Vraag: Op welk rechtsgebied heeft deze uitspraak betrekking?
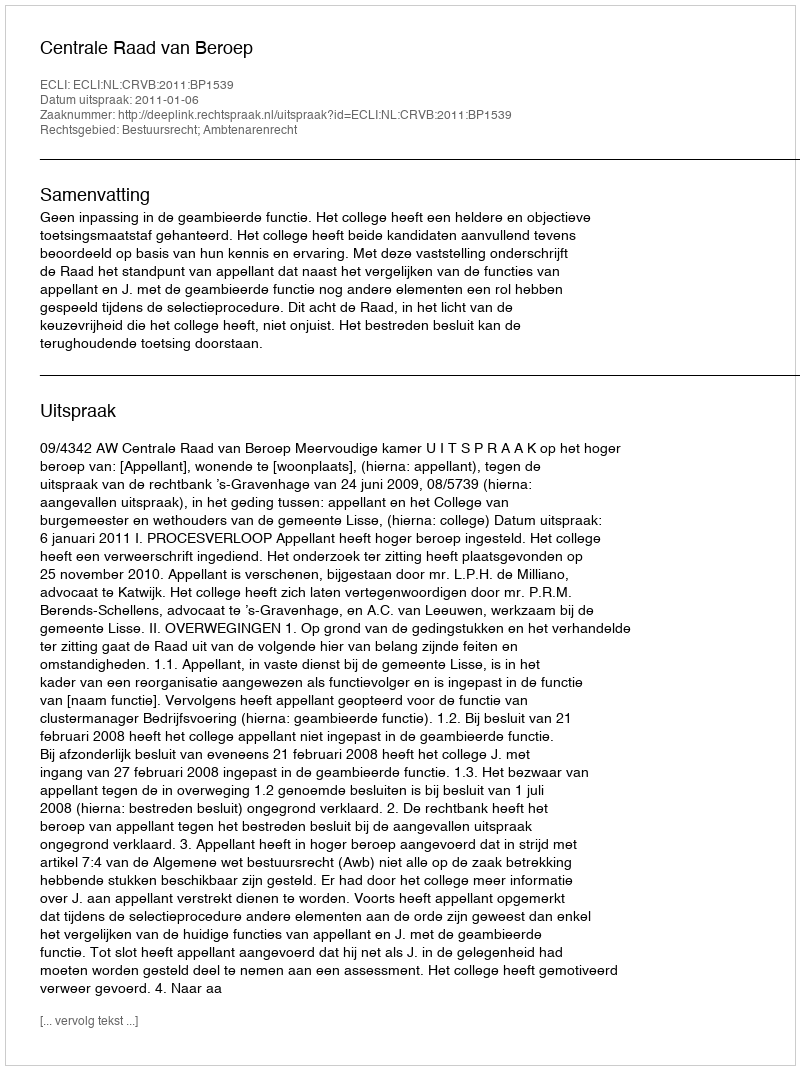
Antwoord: Bestuursrecht; Ambtenarenrecht